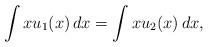
LaTeX: \begin{align*}\int x u_1(x)\,dx=\int x u_2(x)\,dx,\end{align*}